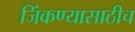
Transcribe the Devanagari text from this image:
जिंकण्यासाठीच